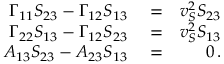
\begin{array} { r l r } { \Gamma _ { 1 1 } S _ { 2 3 } - \Gamma _ { 1 2 } S _ { 1 3 } } & { { } = } & { v _ { S } ^ { 2 } S _ { 2 3 } } \\ { \Gamma _ { 2 2 } S _ { 1 3 } - \Gamma _ { 1 2 } S _ { 2 3 } } & { { } = } & { v _ { S } ^ { 2 } S _ { 1 3 } } \\ { A _ { 1 3 } S _ { 2 3 } - A _ { 2 3 } S _ { 1 3 } } & { { } = } & { 0 \, . } \end{array}